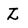
Character: Z